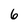
Character: 6